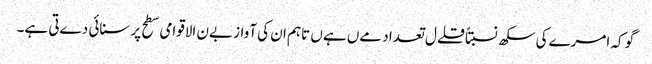
گو کہ امرےکی سکھ نسبتاً قلےل تعداد مےں ہےں تاہم ان کی آواز بےن الاقوامی سطح پر سنائی دےتی ہے۔